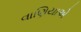
વાણિયાએ